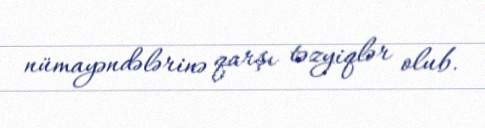
nümayəndələrinə qarşı təzyiqlər olub.